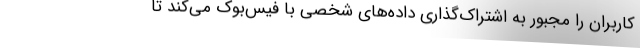
کاربران را مجبور به اشتراک‌گذاری داده‌های شخصی با فیس‌بوک می‌کند تا